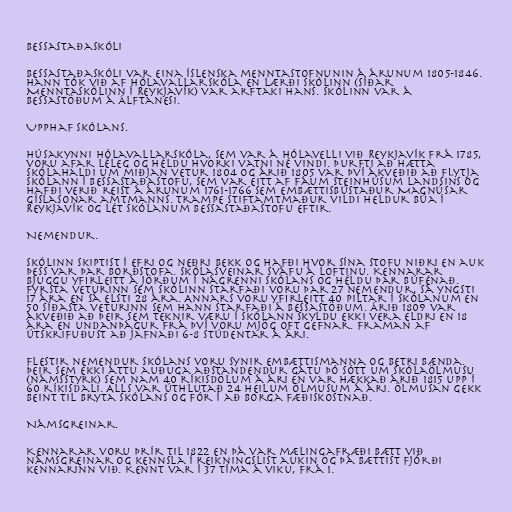
Bessastaðaskóli

Bessastaðaskóli var eina íslenska menntastofnunin á árunum 1805-1846.
Hann tók við af Hólavallarskóla en Lærði skólinn (síðar
Menntaskólinn í Reykjavík) var arftaki hans. Skólinn var á
Bessastöðum á Álftanesi.

Upphaf skólans.

Húsakynni Hólavallarskóla, sem var á Hólavelli við Reykjavík frá 1785,
voru afar léleg og héldu hvorki vatni né vindi. Þurfti að hætta
skólahaldi um miðjan vetur 1804 og árið 1805 var því ákveðið að flytja
skólann í Bessastaðastofu, sem var eitt af fáum steinhúsum landsins og
hafði verið reist á árunum 1761-1766 sem embættisbústaður Magnúsar
Gíslasonar amtmanns. Trampe stiftamtmaður vildi heldur búa í
Reykjavík og lét skólanum Bessastaðastofu eftir.

Nemendur.

Skólinn skiptist í efri og neðri bekk og hafði hvor sína stofu niðri en auk
þess var þar borðstofa. Skólasveinar sváfu á loftinu. Kennarar
bjuggu yfirleitt á jörðum í nágrenni skólans og héldu þar búfénað.
Fyrsta veturinn sem skólinn starfaði voru þar 27 nemendur, sá yngsti
17 ára en sá elsti 28 ára. Annars voru yfirleitt 40 piltar í skólanum en
50 síðasta veturinn sem hann starfaði á Bessastöðum. Árið 1809 var
ákveðið að þeir sem teknir væru í skólann skyldu ekki vera eldri en 18
ára en undanþágur frá því voru mjög oft gefnar. Framan af
útskrifuðust að jafnaði 6-8 stúdentar á ári.

Flestir nemendur skólans voru synir embættismanna og betri bænda.
Þeir sem ekki áttu auðuga aðstandendur gátu þó sótt um skólaölmusu
(námsstyrk) sem nam 40 ríkisdölum á ári en var hækkað árið 1815 upp í
60 ríkisdali. Alls var úthlutað 24 heilum ölmusum á ári. Ölmusan gekk
beint til bryta skólans og fór í að borga fæðiskostnað.

Námsgreinar.

Kennarar voru þrír til 1822 en þá var mælingafræði bætt við
námsgreinar og kennsla í reikningslist aukin og þá bættist fjórði
kennarinn við. Kennt var í 37 tíma á viku, frá 1.